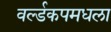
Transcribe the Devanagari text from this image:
वर्ल्डकपमधला